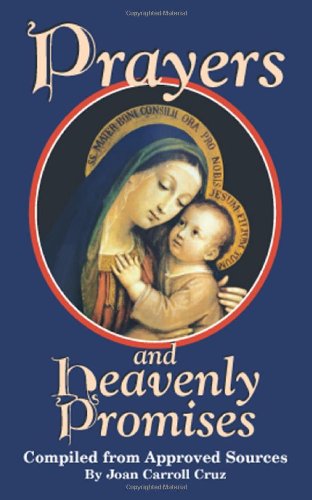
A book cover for Prayers and Heavenly Promises; Joan Carroll Cruz; Christian Books & Bibles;